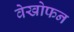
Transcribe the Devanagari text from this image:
वेखोफन